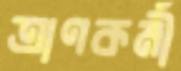
ত্রাণকর্মী